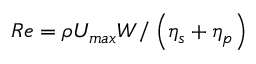
R e = \rho U _ { { m a x } } W / \left( \eta _ { s } + \eta _ { p } \right)